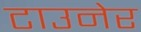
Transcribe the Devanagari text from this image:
टाउनेर